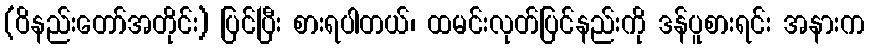
(ဝိနည်းတော်အတိုင်း) ပြင်ပြီး စားရပါတယ်၊ ထမင်းလုတ်ပြင်နည်းကို ဒန်ပူစားရင်း အနားက